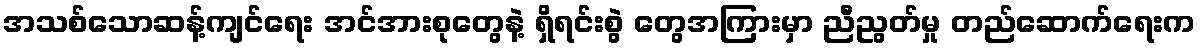
အသစ်သောဆန့်ကျင်ရေး အင်အားစုတွေနဲ့ ရှိရင်းစွဲ တွေအကြားမှာ ညီညွတ်မှု တည်ဆောက်ရေးက